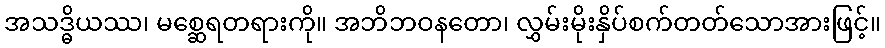
အသဒ္ဓိယဿ၊ မစ္ဆေရတရားကို။ အဘိဘဝနတော၊ လွှမ်းမိုးနှိပ်စက်တတ်သောအားဖြင့်။